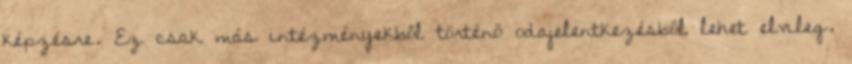
képzésre. Ez csak más intézményekből történő odajelentkezésből lehet elvileg.